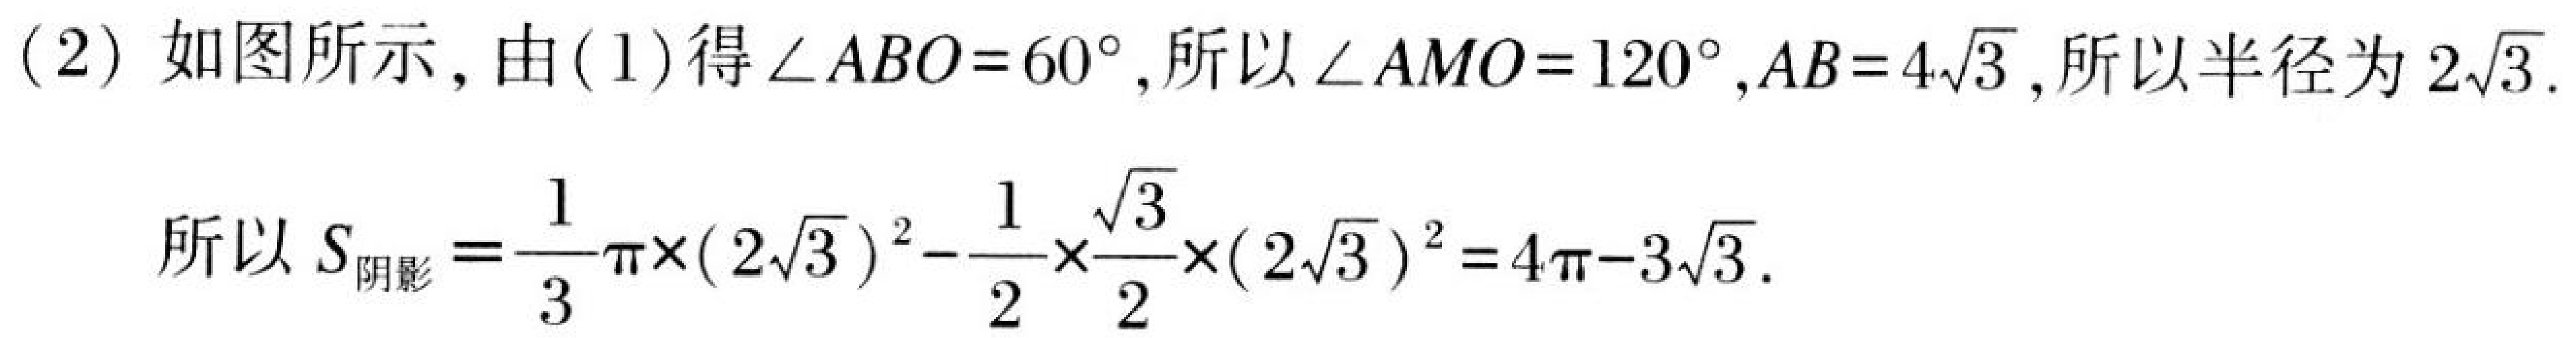
(2) 如图所示，由(1)得\(\angle ABO = 60^{\circ}\)，所以\(\angle AMO = 120^{\circ}\)，\(AB = 4\sqrt{3}\)，所以半径为\(2\sqrt{3}\).

所以\(S_{阴影}=\dfrac{1}{3}\pi\times(2\sqrt{3})^{2}-\dfrac{1}{2}\times\dfrac{\sqrt{3}}{2}\times(2\sqrt{3})^{2}=4\pi - 3\sqrt{3}\).